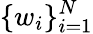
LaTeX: \{ w_{i}\} _{i=1}^{N}